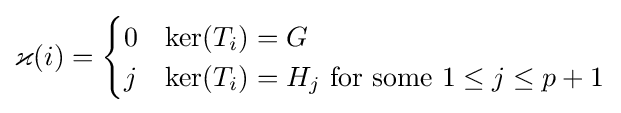
\varkappa (i)={\begin{cases}0&\ker(T_{i})=G\\j&\ker(T_{i})=H_{j}{\text{ for some }}1\leq j\leq p+1\end{cases}}